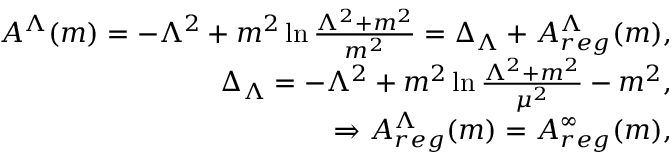
\begin{array} { r l r } & { } & { A ^ { \Lambda } ( m ) = - \Lambda ^ { 2 } + m ^ { 2 } \ln \frac { \Lambda ^ { 2 } + m ^ { 2 } } { m ^ { 2 } } = \Delta _ { \Lambda } + A _ { r e g } ^ { \Lambda } ( m ) , } \\ & { } & { \Delta _ { \Lambda } = - \Lambda ^ { 2 } + m ^ { 2 } \ln \frac { \Lambda ^ { 2 } + m ^ { 2 } } { \mu ^ { 2 } } - m ^ { 2 } , } \\ & { } & { \Rightarrow A _ { r e g } ^ { \Lambda } ( m ) = A _ { r e g } ^ { \infty } ( m ) , } \end{array}